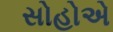
સોહોએ